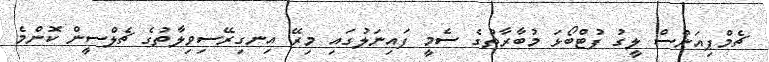
ޗެމްޕިއަންސް ލީގު ފުޓްބޯޅަ މުބާރާތުގެ ސެމީ ފައިނަލުގައި މިރޭ އިނގިރޭސިވިލާތުގެ ޗެލްސީން ކޮންމެ